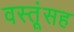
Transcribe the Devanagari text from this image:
वस्तूंसह